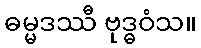
ဓမ္မဒဿီ ဗုဒ္ဓဝံသ။